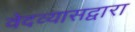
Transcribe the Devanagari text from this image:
वेदव्यासद्वारा